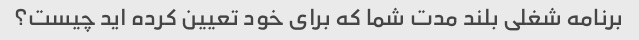
برنامه شغلی بلند مدت شما که برای خود تعیین کرده اید چیست؟